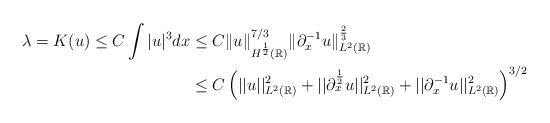
LaTeX: \begin{align*}\lambda = K(u) \leq C \int |u|^3dx &\leq C\|u\|_{H^{\frac{1}{2}}(\mathbb{R})}^{7/3}\|\partial_x^{-1}u\|_{L^2(\mathbb{R})}^{\frac{2}{3}}\\&\leq C \left( ||u||^2_{L^2(\mathbb{R})} + ||\partial_x^{\frac{1}{2}}u||^2_{L^2(\mathbb{R})} + ||\partial_x^{-1} u ||^2_{L^2(\mathbb{R})}\right)^{3/2}\end{align*}